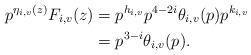
LaTeX: \begin{align*}p^{\eta_{i,v}(z)}F_{i,v}(z) &= p^{h_{i,v}}p^{4-2i}\theta_{i,v}(p)p^{k_{i,v}}\\&= p^{3-i}\theta_{i,v}(p).\end{align*}